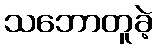
သဘောတူခဲ့